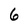
Character: 6